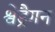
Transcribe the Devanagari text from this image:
श्वेड्रैगन